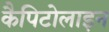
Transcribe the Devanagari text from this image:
कैपिटोलाइन